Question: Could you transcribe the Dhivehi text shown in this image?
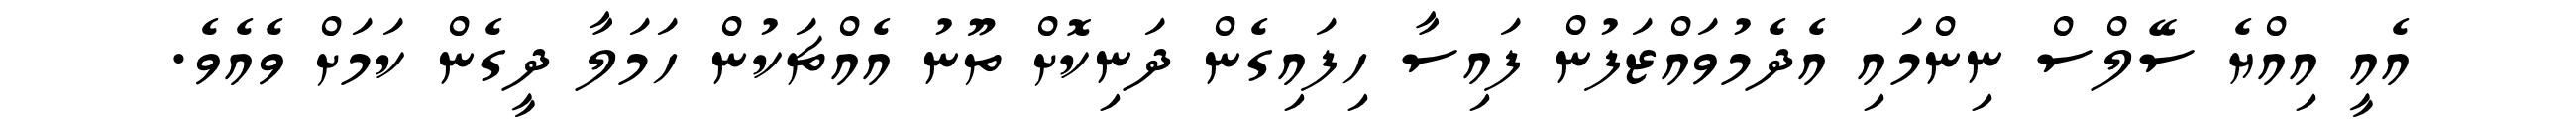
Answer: އެއީ އިއްޔެ ސޭލްސް ނިންމައި އެދެމުވައްޒަފުން ފައިސާ ހިފައިގެން ދަނިކޮށް ތޫނު އެއްޗަކުން ހަމަލާ ދީގެން ކަމަށް ވެއެވެ.